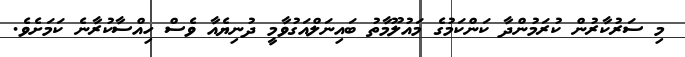
މި ސަރުކާރުން ކުރަމުންދާ ކަންކަމުގެ މައުލޫމާތު ބައިނަލްއަގުވާމީ ދުނިޔެއާ ވެސް ހިއްސާކުރާނެ ކަމަށެވެ.